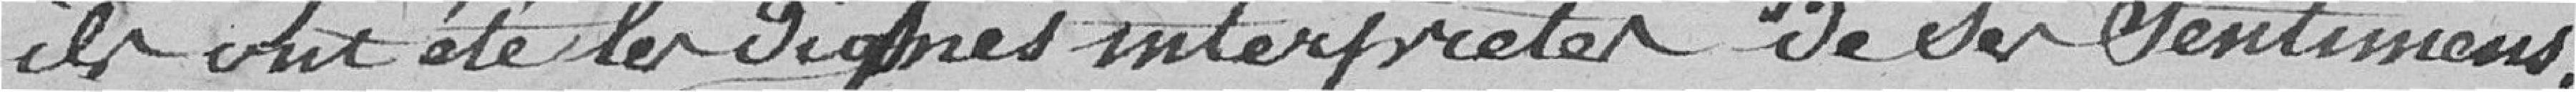
fidèle. Elle tiendra le serment.